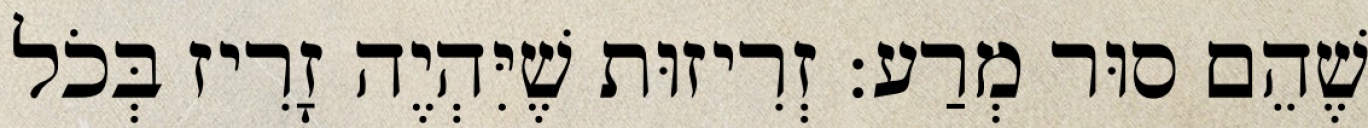
שֶׁהֵם סוּר מְרַע: זְרִיזוּת שֶׁיִּהְיֶה זָרִיז בְּכֹל